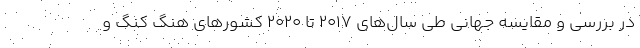
در بررسی و مقایسه جهانی طی سال‌های ۲۰۱۷ تا ۲۰۲۰ کشورهای هنگ کنگ و